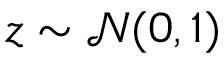
z \sim \mathcal { N } ( 0 , 1 )